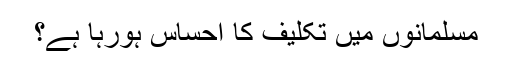
مسلمانوں میں تکلیف کا احساس ہورہا ہے؟